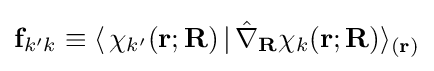
\mathbf {f} _{k'k}\equiv \langle \,\chi _{k'}(\mathbf {r} ;\mathbf {R} )\,|\,{\hat {\nabla }}_{\mathbf {R} }\chi _{k}(\mathbf {r} ;\mathbf {R} )\rangle _{(\mathbf {r} )}